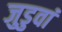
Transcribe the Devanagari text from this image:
जुडुवां